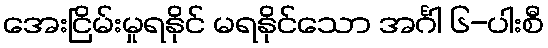
အေးငြိမ်းမှုရနိုင် မရနိုင်သော အင်္ဂါ ၆-ပါးစီ